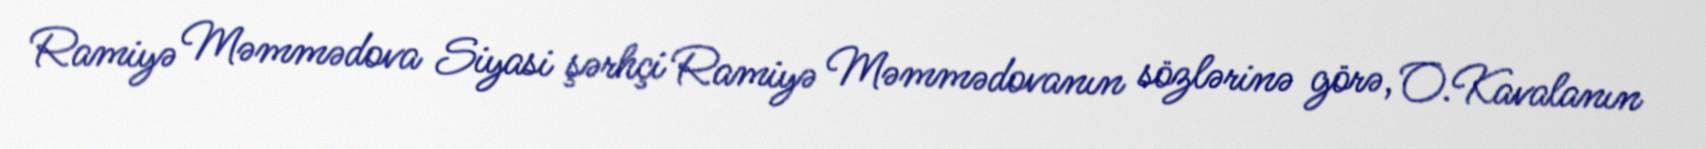
Ramiyə Məmmədova Siyasi şərhçi Ramiyə Məmmədovanın sözlərinə görə, O.Kavalanın